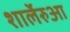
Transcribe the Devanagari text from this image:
शार्लेरुआ